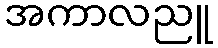
အကာလညူ